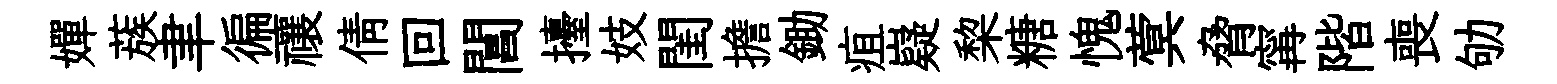
嬋蔟聿徧禳倩回閶擡妓閨擔鋤疽嶷棃糖愧蓂脅𡩋階喪劬